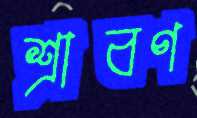
শ্রাবণ